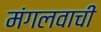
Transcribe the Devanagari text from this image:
मंगलवाची